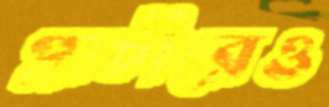
প্রাচীরেও